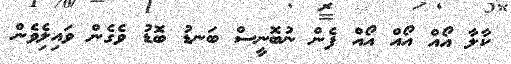
ކާލާ އޯއް އޯއް އޯއް ފެން ނުބޮނީސް ބަނޑު ބޮޑު ވެގެން ވައިލިެވެން